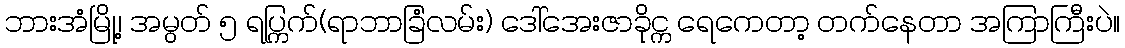
ဘားအံမြို့၊ အမွတ် ၅ ရပ္ကြက်(ရာဘာခြံလမ်း) ဒေါ်အေးဇာခိုင္က ရေကေတာ့ တက်နေတာ အကြာကြီးပဲ။